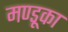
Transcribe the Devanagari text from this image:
मण्डूका